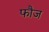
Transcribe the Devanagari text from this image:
फाैज